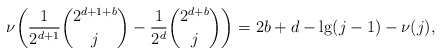
\begin{align*}\nu\biggl(\frac1{2^{d+1}}\binom{2^{d+1+b}}j-\frac1{2^d}\binom{2^{d+b}}j\biggr)=2b+d-\lg(j-1)-\nu(j),\end{align*}